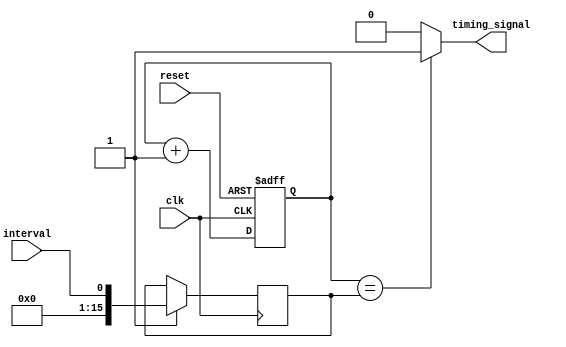
module Interval_Timer (
    input wire clk,
    input wire reset,
    input wire interval,
    output reg timing_signal
);

reg [15:0] counter;
reg [15:0] compare_value;
reg sync_signal;

always @(posedge clk or posedge reset) begin
    if (reset) begin
        counter <= 16'b0;
    end else begin
        counter <= counter + 1;
    end
end

always @(*) begin
    if (counter == compare_value) begin
        timing_signal <= 1;
    end else begin
        timing_signal <= 0;
    end
end

always @(posedge clk) begin
    if (sync_signal) begin
        compare_value <= interval;
    end
end

endmodule